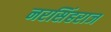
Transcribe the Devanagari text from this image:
नरसिंहराज